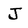
Character: J